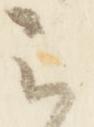
云